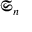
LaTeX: { \mathfrak { S } } _ { n }